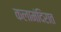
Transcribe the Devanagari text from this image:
कलामंदिरात